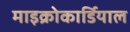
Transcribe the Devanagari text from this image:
माइक्रोकार्डियाल